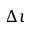
\Delta \iota